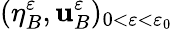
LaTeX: (\eta_{B}^{\varepsilon},\mathbf{u}_{B}^{\varepsilon})_{0<\varepsilon<\varepsilon_{0}}